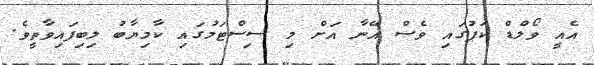
އެއީ ވޯލްޑް ކަޕުގައި ވެސް އޭނާ އަށް މި ސިސްޓަމުގައި ކާމިޔާބު ލިބިފައިވާތީވެ.